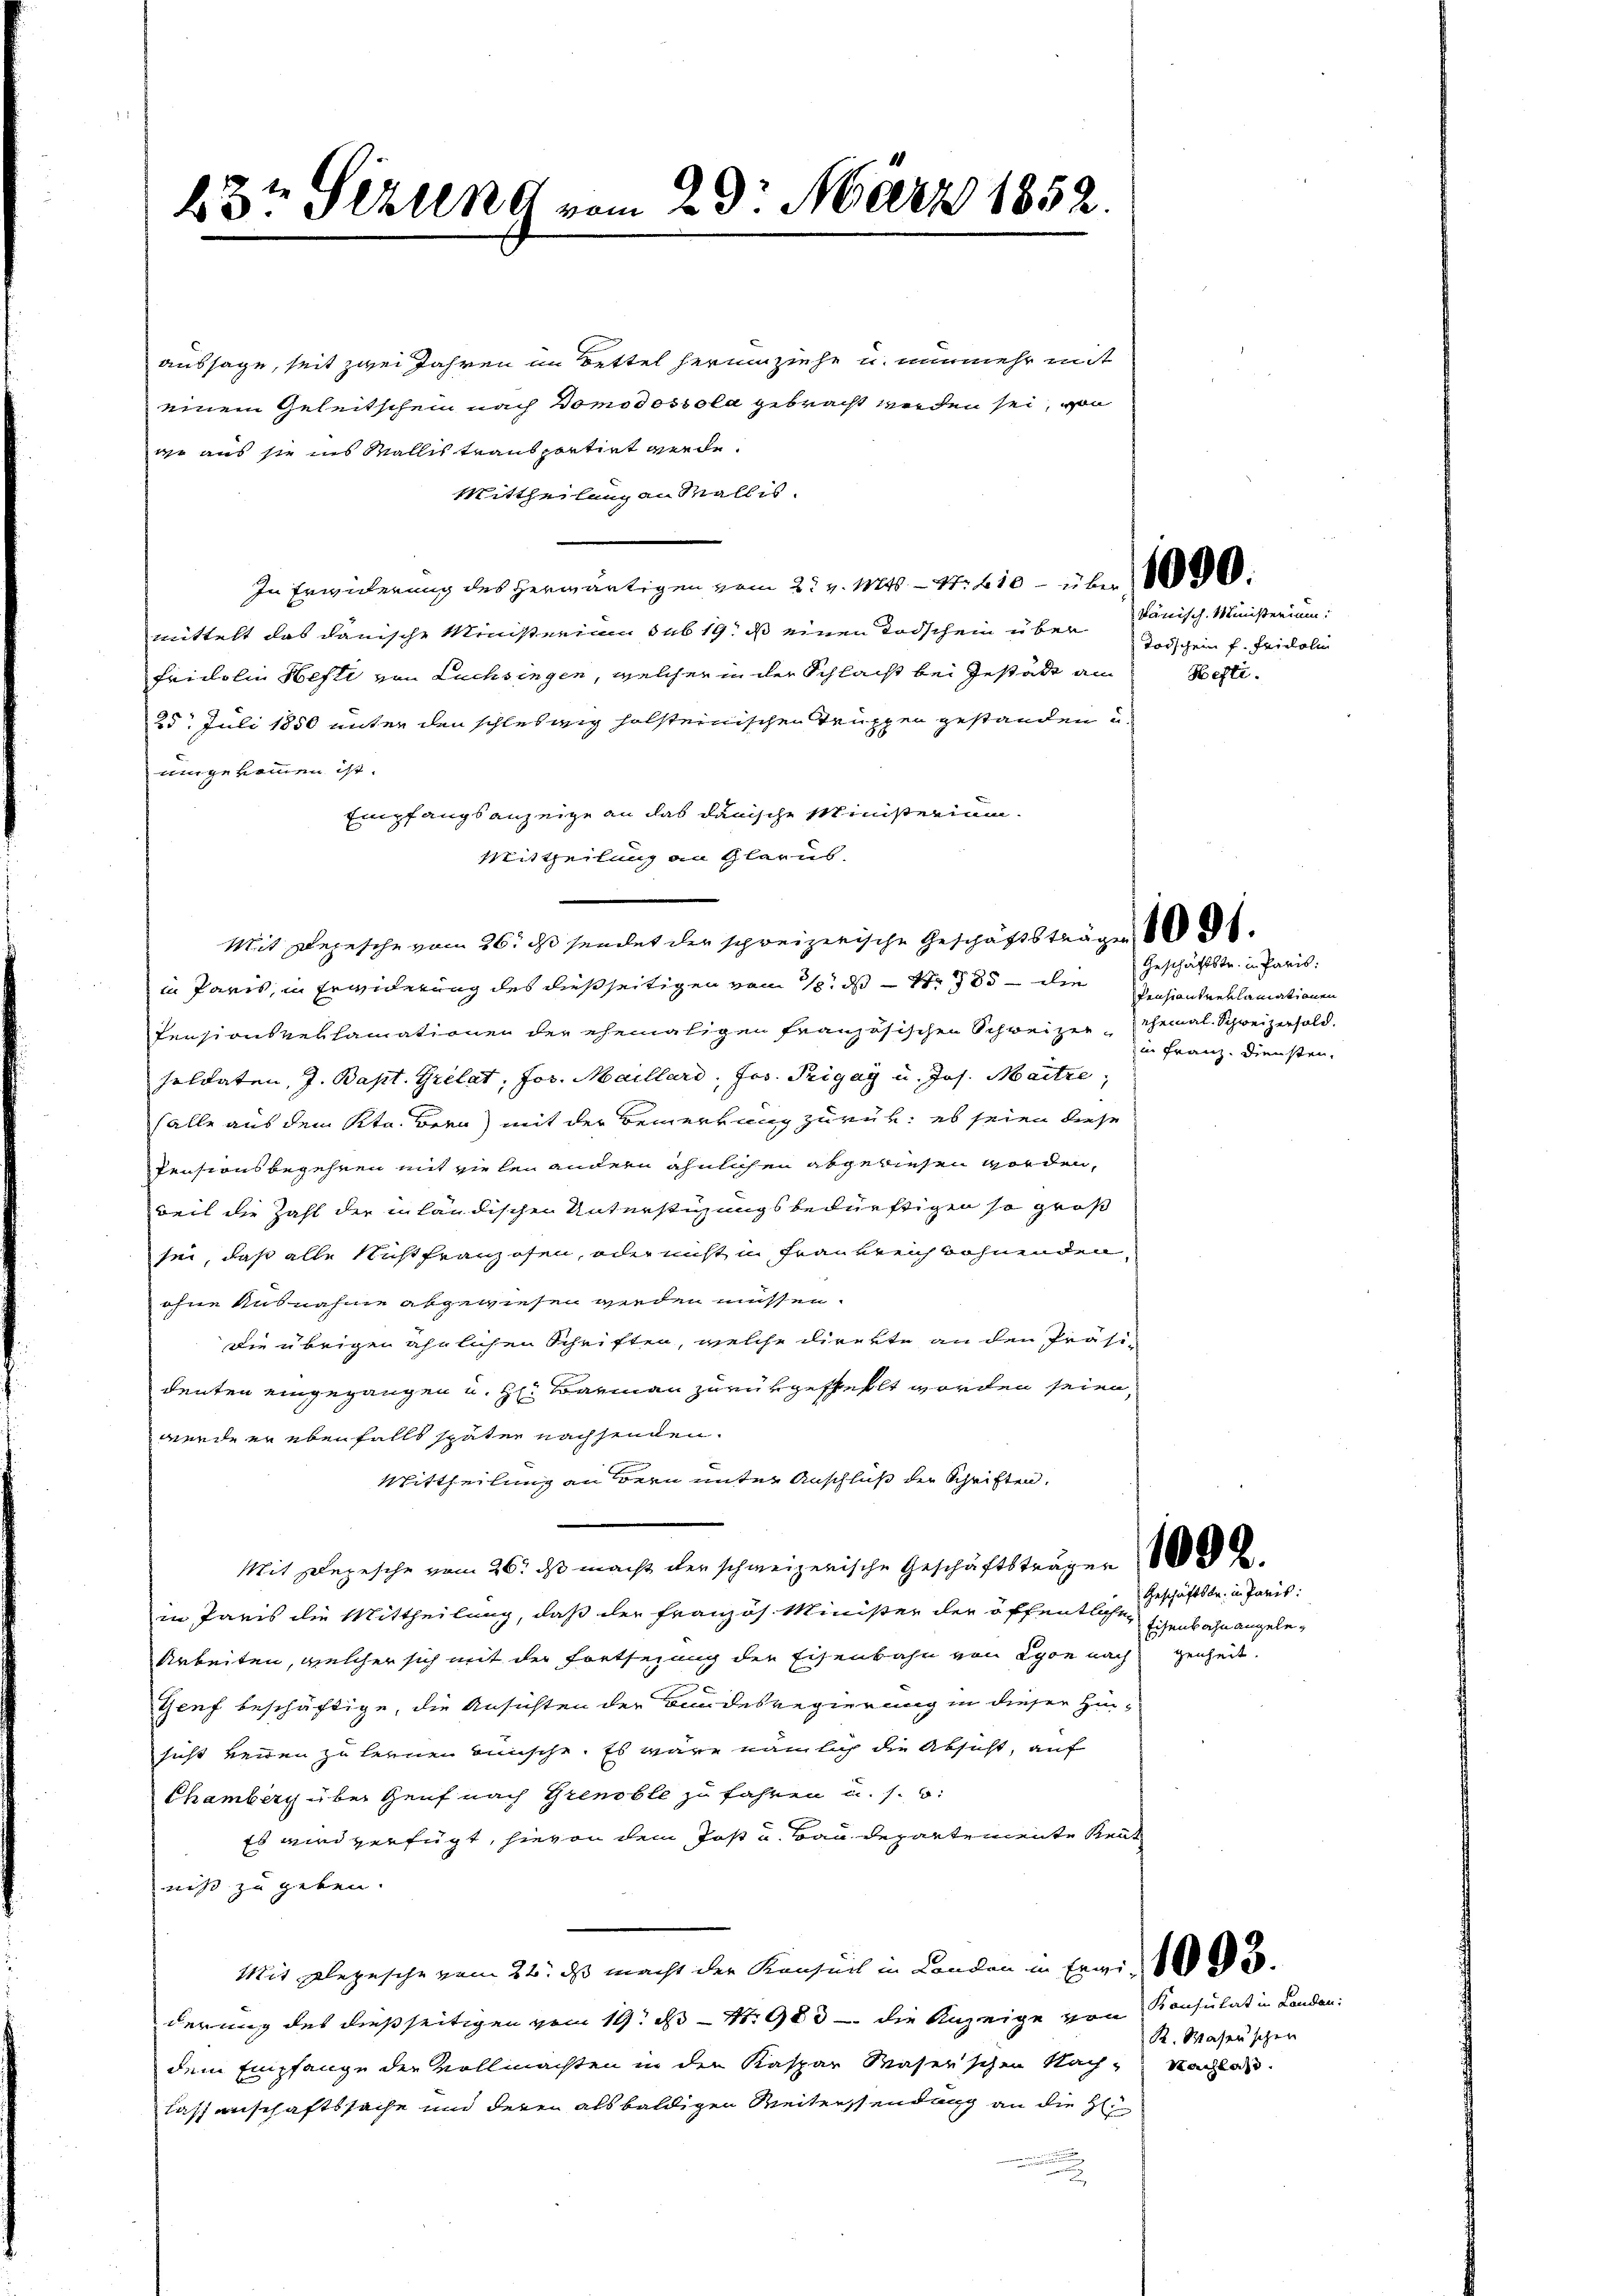
23t Sekund vom 29. März 1852.

aussage, seit zwei Jahren im Bettel herumziehe u. nunmehr mit
einem Geleitschein nach Donodossola gebracht werden sei, von
er aus sie ins Wallis transportirt werde.
Mittheilung an Wallis.
In Erwicherung des herwärtigen vom 2t v. 1846 - 47. 410 — über 800.
mittelt das danische Ministerium sub 19. ds einen Todschein über
Fridolin Hefti von Luchsingen, welcher in der Schlacht bei Gestädte am Besti¬
25. Juli 1850 unter den schleswig holsteinischen Truppen gestanden u.
uingekommen ist.
Empfangsanzeige an das danische Ministerium
Mittheilung an Glarus.
Mit Depesche vom 26. ds sendet der schweizerische Geschäftsträgen 8.
in Paris, in Erwiderung des dießseitigen vom 18. ds Nr 1785 - die Pensionsreklamationen
Pensionsverlamationen der ehemaligen französischen Schweizer chemal. Schweizersold.
soldaten, J. Bapt. Grelat, Jos. Maillard, Jos. Prigay u. Jos. Maitre,
(alle aus dem Kt. Bern) mit der Bemerkung zurück: es seien diese
Pensionsbegehren mit vielen andern ähnlichen abgewiesen worden,
weil die Zahl der inländischen Unterstigungsbedürftigen so groß
sei, daß alle Nicht franzosen, oder nicht in Frankreich wohnenden,
ohne Ausnahme abgewiesen werden müssen.
die übrigen ähnlichen Schriften, welche direkte an den Präsi-
denten eingegangen u. Hr: Barmann zurükgefehlt worden seien,
werde er ebenfalls später nachsenden.
Mittheilung an Bern unter Anschluß der Schriften.
Mit Depesche vom 26. ds macht der schweizerische Geschäftsträgen
in Paris die Mittheilung, daß der Französ. Minister der öffentlichen Eisenbahnangele¬
Arbeiten, welcher sich mit der Fortsezung der Eisenbahn von Lyon nachgenheit.
Genf beschäftige, die Ansichten der Bundesregierung in dieser Hinsicht keinen zu lernen wünsche. Es wäre nämlich die Absicht, auf
Chamberg über Genf nach Grenoble zu fahren u. s. 6:
Es wird verfügt, hievon dem Jost und Baudepartemente Reut
niß zu geben.
Mit glegesche vom 24. ds macht der Konseil in Landen in Ergi- de
derung des dießseitigen vom 19. d. S. 980 - die Anzeige von Konsulat in Landen
dem Empfange der Vollmachten in den Kaspar Waser'schen Nach Nachlas
lassenschaftssache und deren als baldigen Weiterssendung an die H

känisch-Ministerium:

Todschein f. Fridolin

Geschäftstr. in Paris;

in Franz. Diensten,

Geschäftstr. in Paris:

R. Wasenschen